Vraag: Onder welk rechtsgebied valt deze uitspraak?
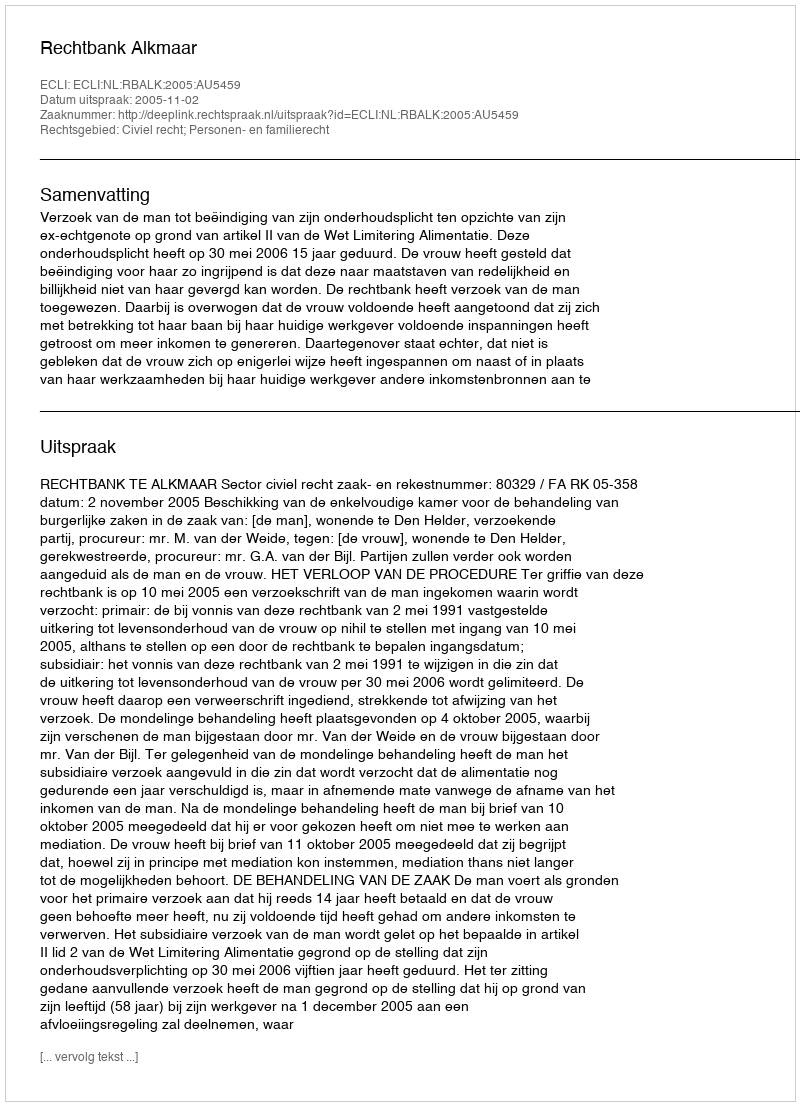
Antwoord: Civiel recht; Personen- en familierecht